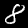
Digit: 8